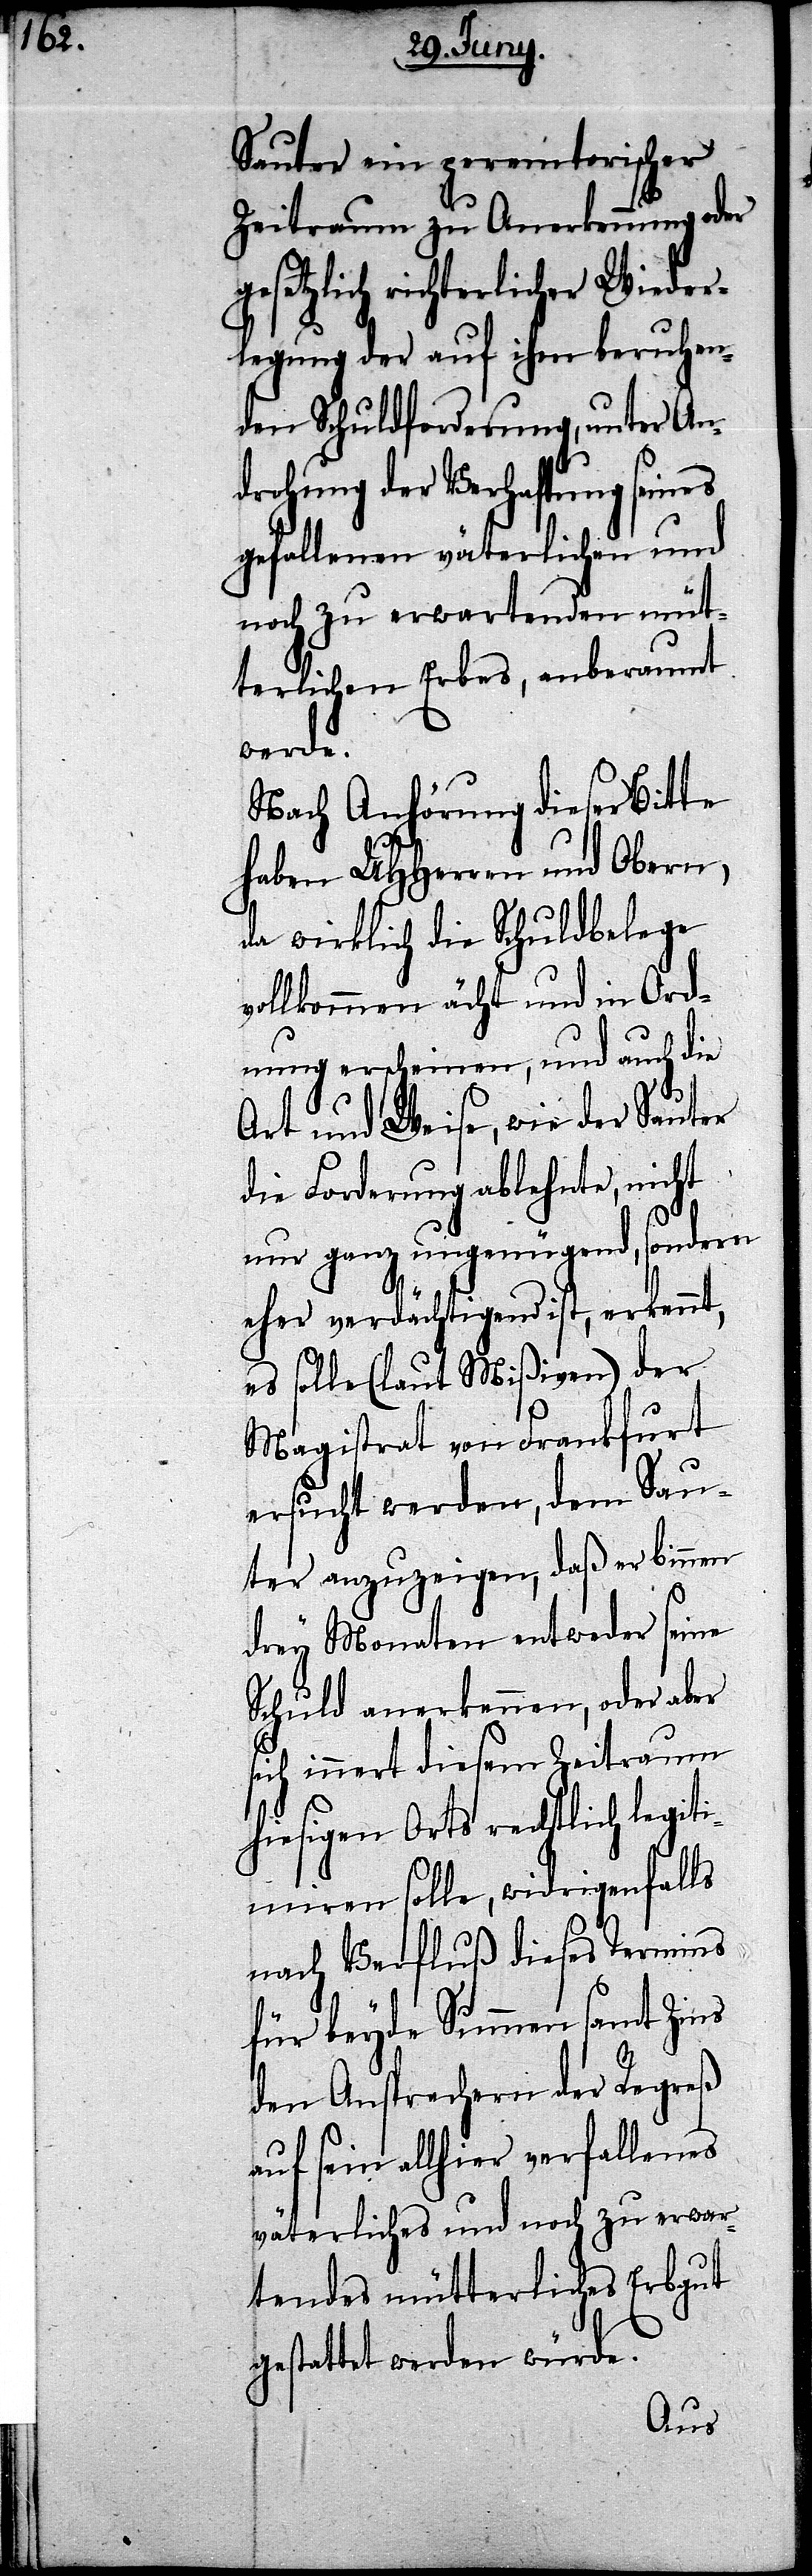
Sauter ein peremtorischer
Zeitraum zu Anerkennung oder
gesetzlich richterlicher Wieder¬
legung der auf ihm beruhen¬
den Schuldforderung, unter An¬
drohung der Verhaftung seines
gefallenen väterlichen und
noch zu erwartenden müt¬
terlichen Erbes, anberaumt
werden.
Nach Anhörung dieser Bitte
haben UHHerren und Obern,
da wirklich die Schuldbelege
vollkommen ächt und in Ord¬
nung erscheinen, und auch die
Art und Weise, wie der Sauter
die Forderung ablehnte, nicht
nur ganz ungenügend, sondern
eher verdächtigend ist, erkennt,
es solle (laut Mißiven) der
Magistrat von Frankfurt
ersucht werden, dem Sau¬
ter anzuzeigen, daß er binnen
drey Monaten entweder seine
Schuld anerkennen, oder aber
sich innert diesem Zeitraum
hiesigen Orts rechtlich legiti¬
miren solle, widrigenfalls
nach Verfluß dieses Termins
für beyde Summen samt Zins
den Ansprechern verfallenes
väterliches und noch zu erwar¬
tendes mütterliches Erbgut
gestattet werden würde.